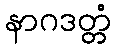
နာဂဒတ္တံ